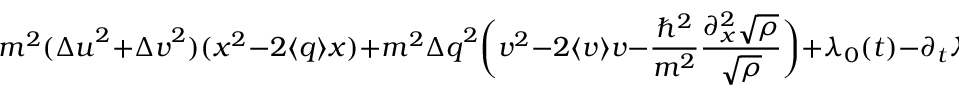
m ^ { 2 } ( { \Delta u } ^ { 2 } + { \Delta v } ^ { 2 } ) ( x ^ { 2 } - 2 \langle q \rangle x ) + m ^ { 2 } { \Delta q } ^ { 2 } \bigg ( v ^ { 2 } - 2 \langle v \rangle v - \frac { \hbar ^ { 2 } } { m ^ { 2 } } \frac { \partial _ { x } ^ { 2 } \sqrt { \rho } } { \sqrt { \rho } } \bigg ) + \lambda _ { 0 } ( t ) - \partial _ { t } \lambda _ { 1 } - v \partial _ { x } \lambda _ { 1 } \, = \, 0 \; \, .